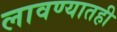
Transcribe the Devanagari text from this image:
लावण्यातही